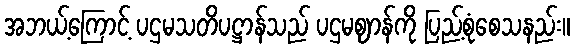
အဘယ့်ကြောင့် ပဌမသတိပဋ္ဌာန်သည် ပဌမဈာန်ကို ပြည့်စုံစေသနည်း။